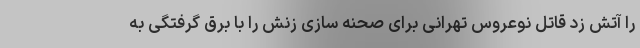
را آتش زد قاتل نوعروس تهرانی برای صحنه سازی زنش را با برق گرفتگی به